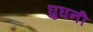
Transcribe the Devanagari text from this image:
घुघनी